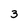
Character: 3